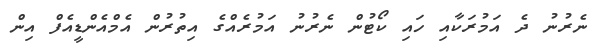
ނެރުނު ދެ އަމުރަކާއި ހައި ކޯޓުން ނެރުނު އަމުރެއްގެ އިތުރުން އެމްއެންޑީއެފް އިން